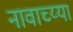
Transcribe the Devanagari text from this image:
नावाच्य्या